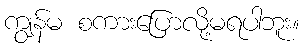
ကျွန်မ စကားပြောလို့မရပါဘူး။